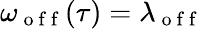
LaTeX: \omega_{\mathrm{~o~f~f~}}(\tau)=\lambda_{\mathrm{~o~f~f~}}